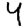
Digit: 4